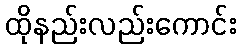
ထိုနည်းလည်းကောင်း